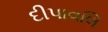
દીપાવલિ